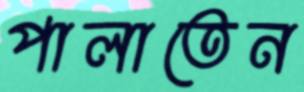
পালাতেন